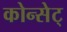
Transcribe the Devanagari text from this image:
कोन्सेट्